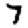
Digit: 7